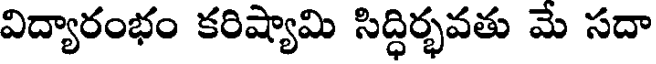
విద్యారంభం కరిష్యామి సిద్ధిర్భవతు మే సదా